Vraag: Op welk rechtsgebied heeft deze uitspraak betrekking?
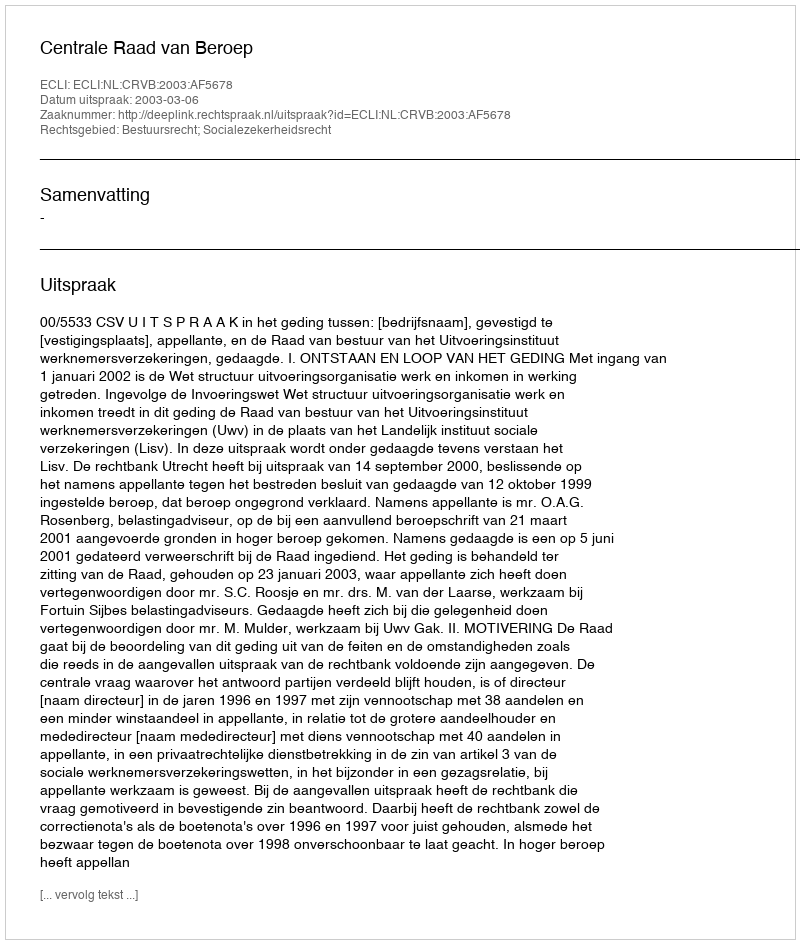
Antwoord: Bestuursrecht; Socialezekerheidsrecht